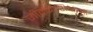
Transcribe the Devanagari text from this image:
जीवकोशिकाओं